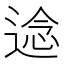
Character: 𮞤